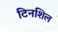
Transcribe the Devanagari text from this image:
टिनशिल